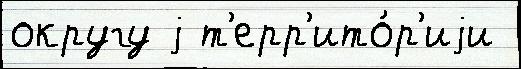
округу j т'ерр'ито́р'иjи